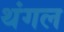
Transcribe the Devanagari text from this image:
थंगल